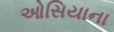
ઓસિયાના